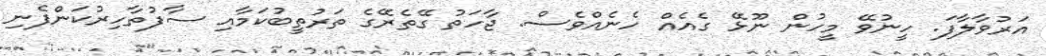
އަރުވާލާފަ. ހީނުވޭ މީހުން ނޫޅޭ ގެއެއް ހެނެއްވެސް. ޖާހަތު ގޭތެރޭގެ ތަރުތީބުކަމާއި ސާފުތާހިރުކަންފެނި